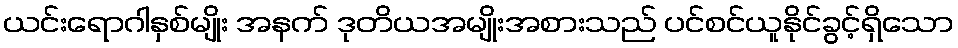
ယင်းရောဂါနှစ်မျိုး အနက် ဒုတိယအမျိုးအစားသည် ပင်စင်ယူနိုင်ခွင့်ရှိသော